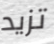
تزيد